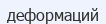
деформаций